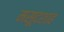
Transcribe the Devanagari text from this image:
मसूदशाह